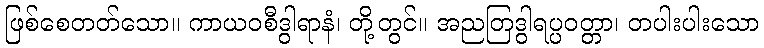
ဖြစ်စေတတ်သော။ ကာယဝစီဒွါရာနံ၊ တို့တွင်။ အညတြဒွါရပ္ပဝတ္တာ၊ တပါးပါးသော